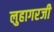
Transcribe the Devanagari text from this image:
लुहागरजी